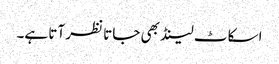
اسکاٹ لینڈ بھی جاتا نظر آتا ہے۔